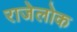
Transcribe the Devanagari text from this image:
राजेलोक